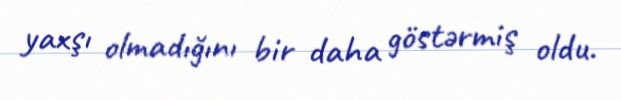
yaxşı olmadığını bir daha göstərmiş oldu.